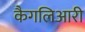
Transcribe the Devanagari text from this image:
कैगलिआरी